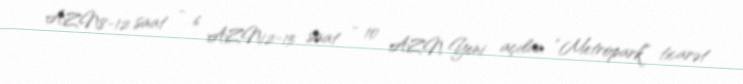
AZN8-12 saat - 6 AZN12-15 saat - 10 AZN Yeni açılan “Metropark” ticarət